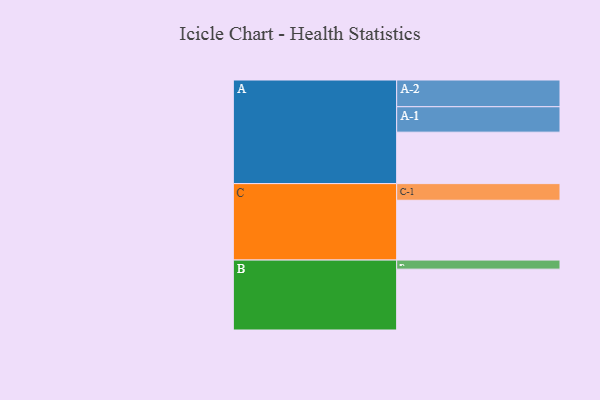
{"axis": {"x": "Segment", "y": "Value"}, "legend": ["", "A", "B", "C"], "data": [{"x": "A", "y": 443, "type": ""}, {"x": "B", "y": 524, "type": ""}, {"x": "C", "y": 515, "type": ""}, {"x": "A-1", "y": 219, "type": "A"}, {"x": "A-2", "y": 230, "type": "A"}, {"x": "B-1", "y": 78, "type": "B"}, {"x": "C-1", "y": 143, "type": "C"}]}